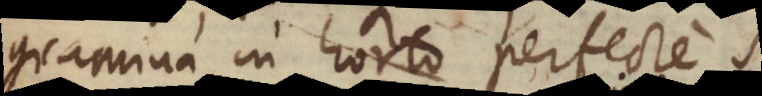
gramina in horto perfecte